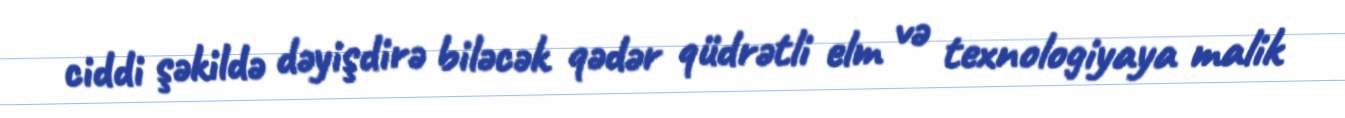
ciddi şəkildə dəyişdirə biləcək qədər qüdrətli elm və texnologiyaya malik